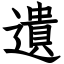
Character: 遺